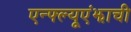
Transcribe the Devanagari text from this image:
एन्फ्ल्यूएंझाची